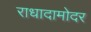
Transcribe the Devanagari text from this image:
राधादामोदर